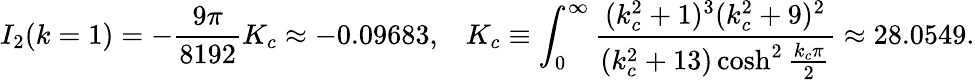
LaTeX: I_{2}(k=1)=-\frac{9\pi}{8192}K_{c}\approx-0.09683,\; \; \; K_{c}\equiv\int_{0}^{\infty}\frac{(k_{c}^{2}+1)^{3}(k_{c}^{2}+9)^{2}}{(k_{c}^{2}+13)\cosh^{2}\frac{k_{c}\pi}{2}}\approx 28.0549.